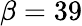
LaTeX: \beta=39